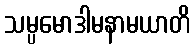
သမ္ပမောဒါမနာမယာတိ